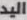
اليد